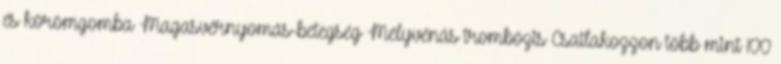
és körömgomba Magasvérnyomás-betegség Mélyvénás trombózis Csatlakozzon több mint 100